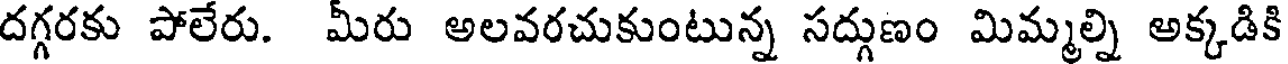
దగ్గరకు పోలేరు. మీరు అలవరచుకుంటున్న సద్గుణం మిమ్మల్ని అక్కడికి